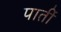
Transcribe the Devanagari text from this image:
पार्ती